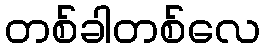
တစ်ခါတစ်လေ